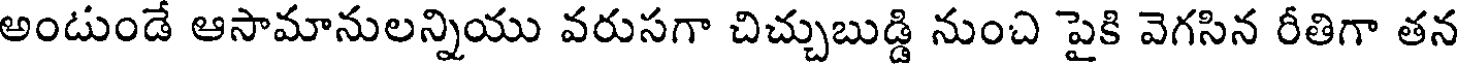
అండుండే ఆసామానులన్నియు వరుసగా చిచ్చుబుడ్డి నుంచి పైకి వెగసిన రీతిగా తన